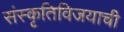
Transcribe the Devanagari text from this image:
संस्कृतिविजयाची